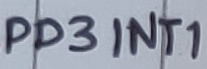
Text: PD3INT1